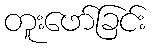
တူးဖော်ခြင်း